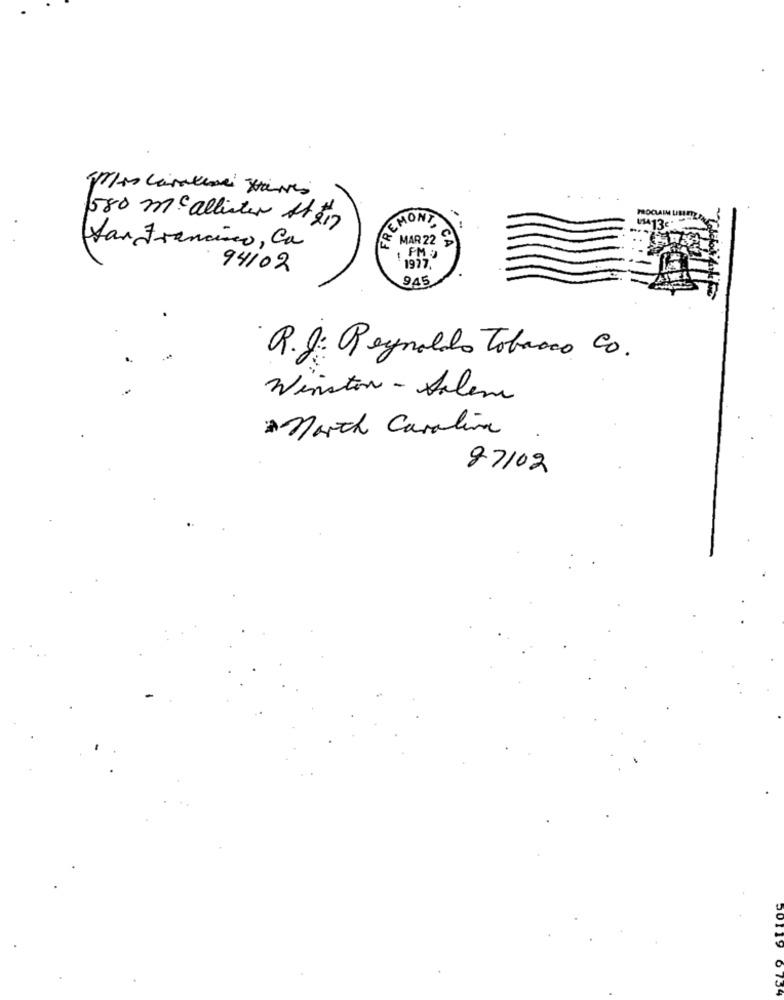
FREMO
580 mc allister At 217
San Francisco, Ca
MAR 22
FM
94102
1977.
945
R.J. Reynaldo Tobacco Co.
Winston - Salem
March Carolina
87102